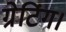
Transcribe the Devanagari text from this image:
ग्रेटिंग।